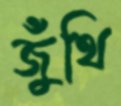
জুঁথি